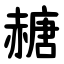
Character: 赯